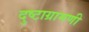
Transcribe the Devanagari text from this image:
दुष्टाग्रामणी